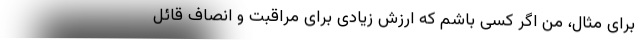
برای مثال، من اگر کسی باشم که ارزش زیادی برای مراقبت و ‌انصاف قائل